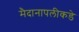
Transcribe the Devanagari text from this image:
मैदानापलीकडे